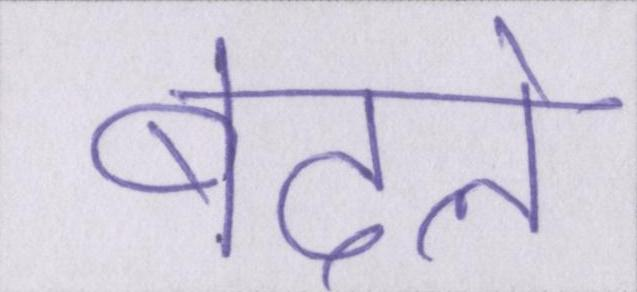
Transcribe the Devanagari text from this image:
बदले